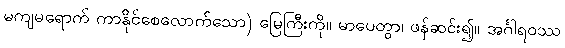
မကျမရောက် ကာနိုင်စေလောက်သော) မြေကြီးကို။ မာပေတွာ၊ ဖန်ဆင်း၍။ အင်္ဂါရဝဿ